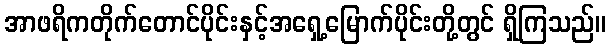
အာဖရိကတိုက်တောင်ပိုင်းနှင့်အရှေ့မြောက်ပိုင်းတို့တွင် ရှိကြသည်။